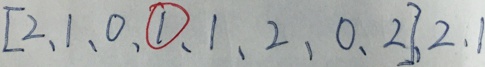
[ 2 、 1 、 0 、 \textcircled { 1 } 、 1 、 2 、 0 、 2 ] 2 、 1